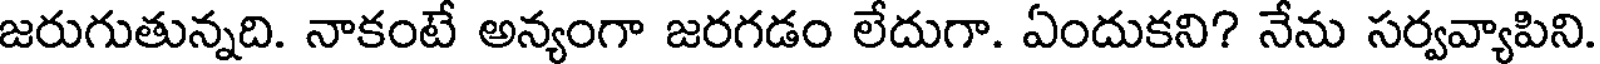
జరుగుతున్నది. నాకంటే అన్యంగా జరగడం లేదుగా. ఏందుకని? నేను సర్వవ్యాపిని